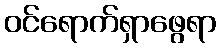
ဝင်ရောက်ရှာဖွေရာ